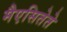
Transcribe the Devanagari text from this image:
मैएसितेते